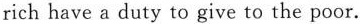
rich have a duty to give to the poor.